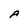
Character: A